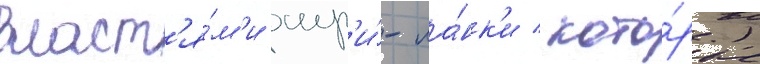
власт'я́м'и шр'и́-ла́нк'и / кото́рые